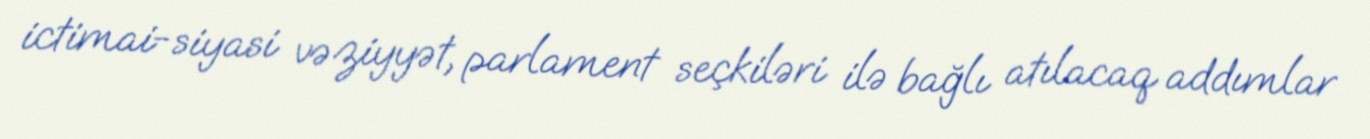
ictimai-siyasi vəziyyət, parlament seçkiləri ilə bağlı atılacaq addımlar